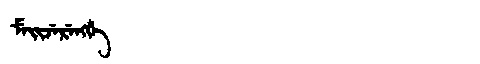
Manchu: ᠮᡝᡳᠵᡝᡵᡝᠩᡤᡝ
Romanization: MEIJERENGGE